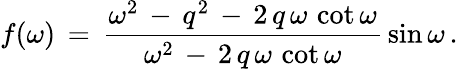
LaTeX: f(\omega)\, =\, \frac{\omega^{2}\, -\, q^{2}\, -\, 2\, q\, \omega\, \cot\omega}{\omega^{2}\, -\, 2\, q\, \omega\, \cot\omega}\, \sin\omega\, {.}